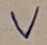
Text: V